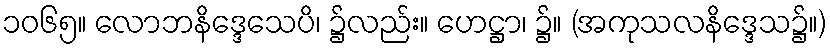
၁၀၆၅။ လောဘနိဒ္ဒေသေပိ၊ ၌လည်း။ ဟေဋ္ဌာ၊ ၌။ (အကုသလနိဒ္ဒေသ၌။)